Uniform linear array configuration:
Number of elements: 24
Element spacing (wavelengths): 1
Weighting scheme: exponential
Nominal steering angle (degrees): -30
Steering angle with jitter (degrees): -31.383
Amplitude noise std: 0.05
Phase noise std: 0.05

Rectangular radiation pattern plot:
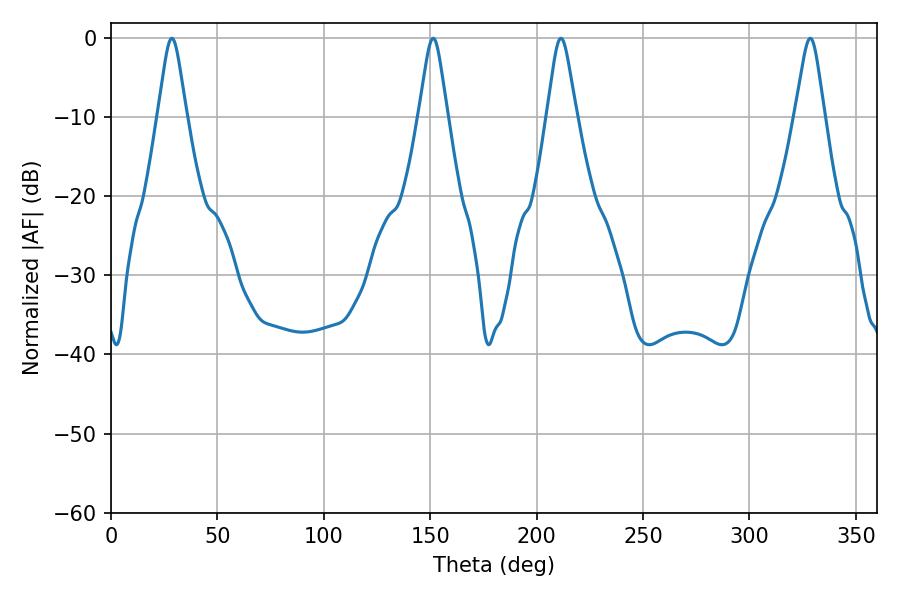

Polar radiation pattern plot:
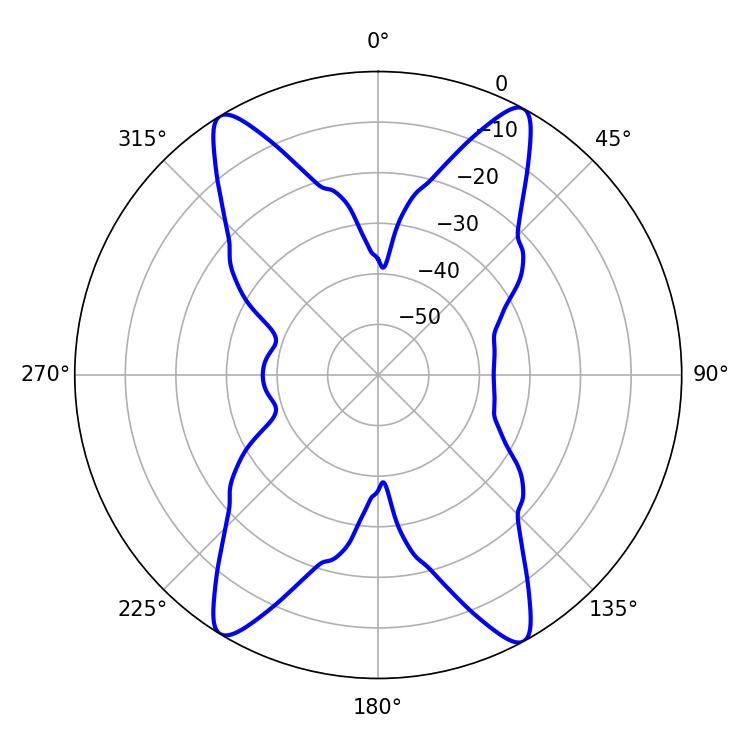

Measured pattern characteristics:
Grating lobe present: TRUE
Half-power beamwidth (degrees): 6.48
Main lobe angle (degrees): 28.62